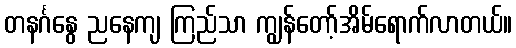
တနင်္ဂနွေ ညနေကျ ကြည်သာ ကျွန်တော့်အိမ်ရောက်လာတယ်။